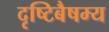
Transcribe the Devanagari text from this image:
दृष्टिबैषम्य